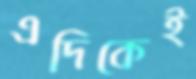
এদিকেই